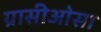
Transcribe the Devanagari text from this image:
ग्रासीओसा